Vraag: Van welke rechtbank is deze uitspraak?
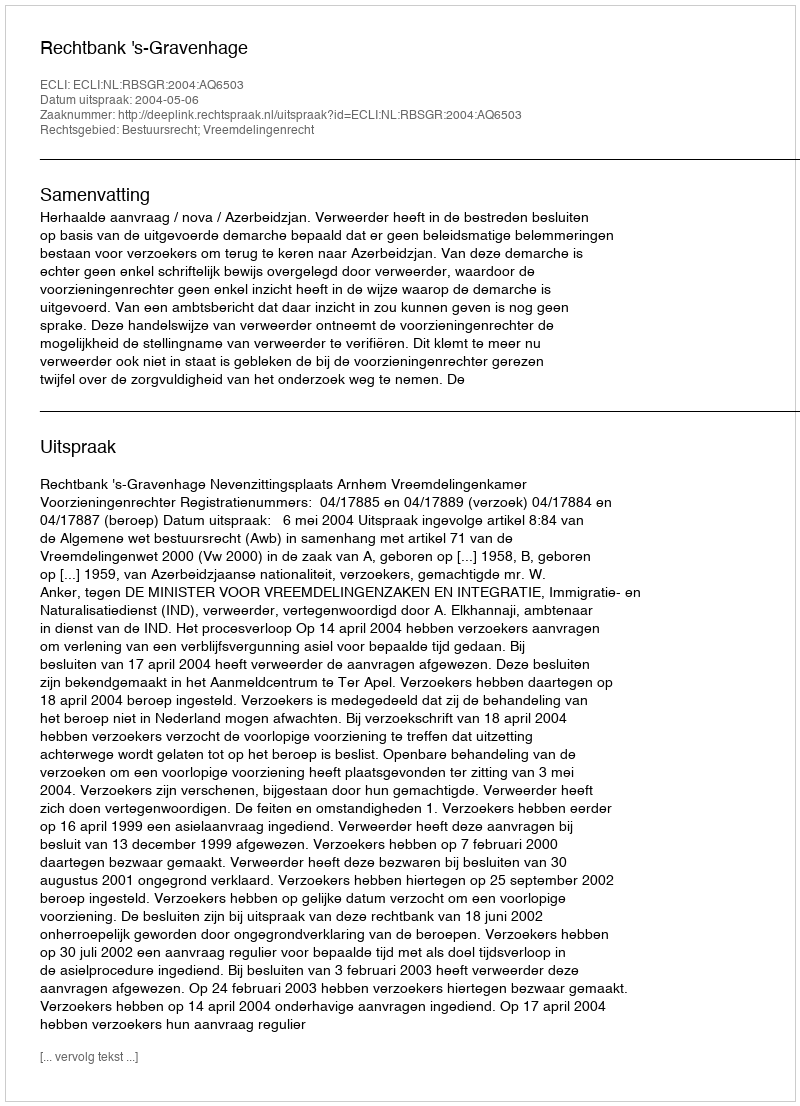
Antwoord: Rechtbank 's-Gravenhage